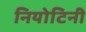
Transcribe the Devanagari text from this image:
नियोटिनी